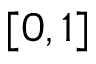
[ 0 , 1 ]